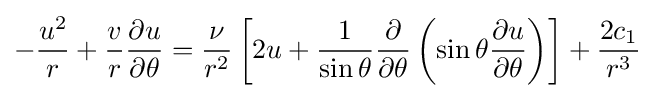
-{\frac {u^{2}}{r}}+{\frac {v}{r}}{\frac {\partial u}{\partial \theta }}={\frac {\nu }{r^{2}}}\left[2u+{\frac {1}{\sin \theta }}{\frac {\partial }{\partial \theta }}\left(\sin \theta {\frac {\partial u}{\partial \theta }}\right)\right]+{\frac {2c_{1}}{r^{3}}}